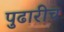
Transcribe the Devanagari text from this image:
पुढारीच